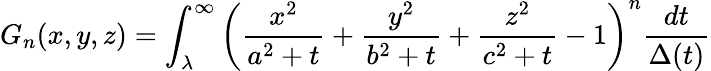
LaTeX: G_{n}(x,y,z)=\int_{\lambda}^{\infty}\left(\frac{x^{2}}{a^{2}+t}+\frac{y^{2}}{b^{2}+t}+\frac{z^{2}}{c^{2}+t}-1\right)^{n}\frac{dt}{\Delta(t)}